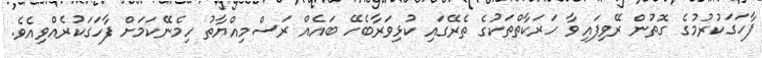
ފާހަގަކުރުމުގެ ގޮތުން ރޭވިފައިވާ ހަރަކާތްތަކުގެ ތެރޭގައި ކުޅިވަރާބެހޭ ބައެއް ރަސްމިއްޔާތު ހިމެނޭކަމަށް ފާހަގަކުރެއްވިއެވެ.